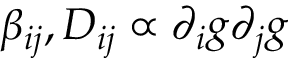
\beta _ { i j } , D _ { i j } \propto \partial _ { i } g \partial _ { j } g